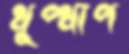
ধুপ্ধাপ